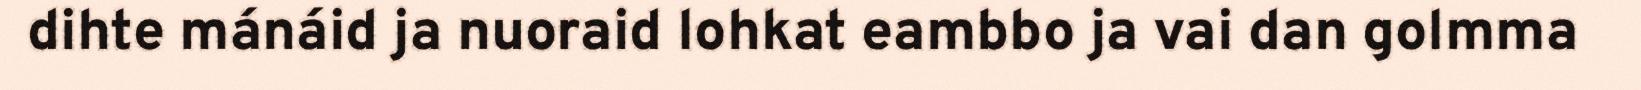
dihte mánáid ja nuoraid lohkat eambbo ja vai dan golmma